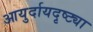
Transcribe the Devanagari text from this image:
आयुर्दायदृष्ट्या